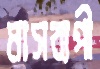
মাসব্যপী